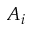
A _ { i }